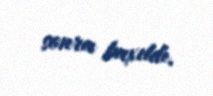
sonra baxıldı.